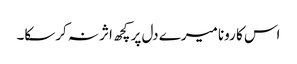
اس کا رونا میرے دل پر کچھ اثر نہ کرسکا۔